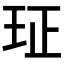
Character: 𰡴